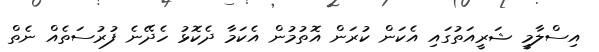
އިސްލާމީ ޝަރީއަތުގައި އެކަން ކުރަން އޮތުމުން އެކަމާ ދެކޮޅު ހެދޭނެ ފުރުސަތެއް ނެތް